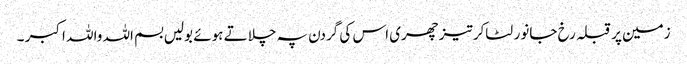
زمین پر قبلہ رخ جانور لٹاکر تیزچھری اس کی گردن پہ چلاتے ہوئے بولیں بسم اللہ واللہ اکبر ۔